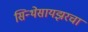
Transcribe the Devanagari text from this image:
सिन्थेसायझरचा